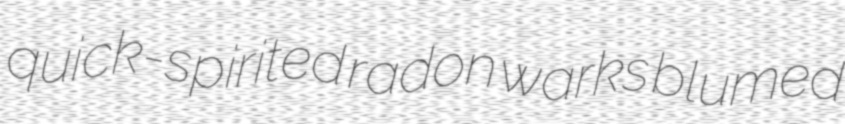
quick-spirited radon warks blumed